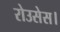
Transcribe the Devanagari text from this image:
रोउसेस।